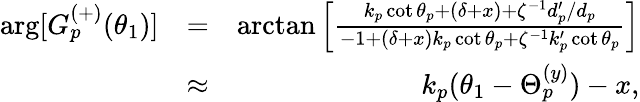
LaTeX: \begin{array}{rlr}{\arg[G_{p}^{(+)}(\theta_{1})]}&{=}&{\arctan\left[\frac{k_{p}\cot\theta_{p}+\left(\delta+x\right)+\zeta^{-1}d_{p}^{\prime}/d_{p}}{-1+\left(\delta+x\right)k_{p}\cot\theta_{p}+\zeta^{-1}k_{p}^{\prime}\cot\theta_{p}}\right]}\\ &{\approx}&{k_{p}(\theta_{1}-\Theta_{p}^{(y)})-x,}\end{array}